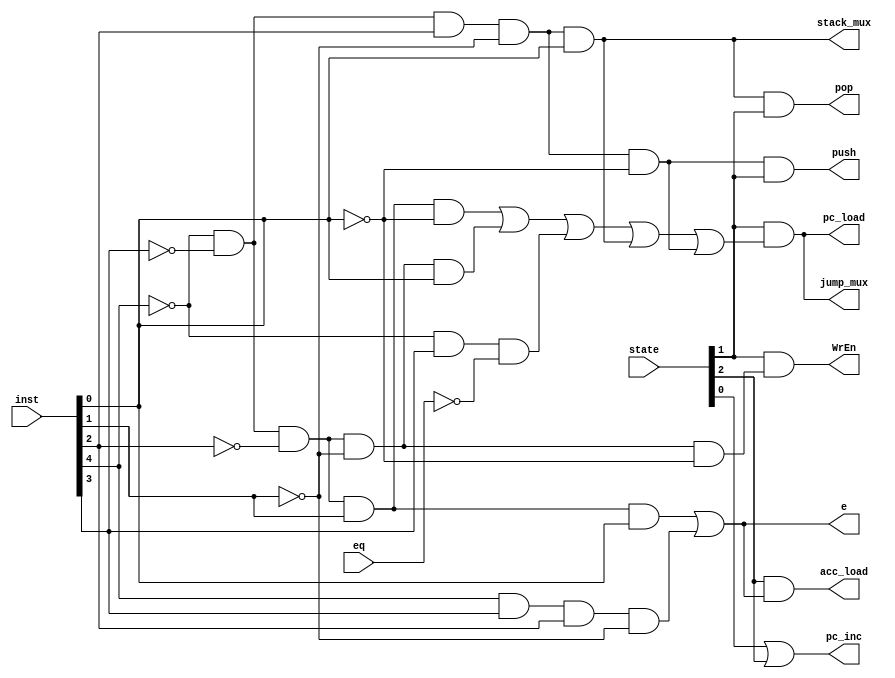
module Decoder
(
	input [2:0] state,
	input [4:0] inst,
	input eq,
	output stack_mux,
	output acc_load,
	output WrEn,
	output pc_load,
	output pc_inc,
	output e,
	output push,
	output pop,
	output jump_mux
);
	wire lda, sta, jmp, stp, jms, bbl, ldr, jeq;
	wire fetch, exec1, exec2;
	
	assign sta = ~inst[4] & ~inst[3] & ~inst[2] & ~inst[1] & ~inst[0];
	assign jmp = ~inst[4] & ~inst[3] & ~inst[2] & ~inst[1] & inst[0];
	assign stp = ~inst[4] & ~inst[3] & ~inst[2] & inst[1] & ~inst[0];
	assign lda = ~inst[4] & ~inst[3] & ~inst[2] & inst[1] & inst[0];
	assign jms = ~inst[4] & ~inst[3] & inst[2] & ~inst[1] & ~inst[0];
	assign bbl = ~inst[4] & ~inst[3] & inst[2] & ~inst[1] & inst[0];

	assign ldr = inst[4] & inst[3] & inst[2] & ~inst[1];
	assign jeq = ~inst[4] & inst[3];
	
	assign fetch = state[0];
	assign exec1 = state[1];
	assign exec2 = state[2];
	
	assign e = lda |ldr;
	assign WrEn = exec1 & sta;
	assign pc_load = exec1 & (stp | jmp | jeq & ~eq | bbl | jms);
	assign pc_inc = fetch | exec2;
	assign acc_load = exec2 & (lda | ldr);
	assign stack_mux = bbl;
	assign push = jms & exec1;
	assign pop = bbl & exec1;
	assign jump_mux = exec1 & (stp | jmp | jeq & ~eq | bbl | jms);
	

endmodule